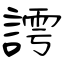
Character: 謣